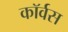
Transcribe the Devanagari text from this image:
कॉर्वस